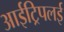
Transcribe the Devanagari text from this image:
आईट्रिपलई